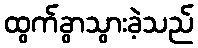
ထွက်ခွာသွားခဲ့သည်